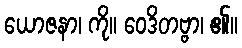
ယောဇနာ၊ ကို။ ဝေဒိတဗ္ဗာ၊ ၏။